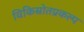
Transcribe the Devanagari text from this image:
विकिस्रोतप्रकल्प